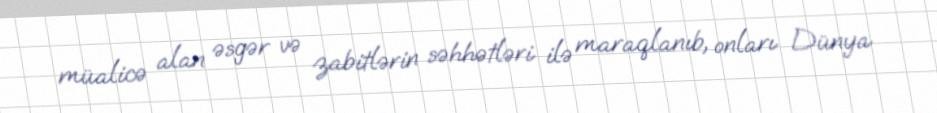
müalicə alan əsgər və zabitlərin səhhətləri ilə maraqlanıb, onları Dünya